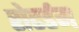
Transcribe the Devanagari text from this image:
रोटर्डम